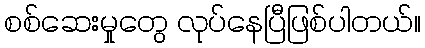
စစ်ဆေးမှုတွေ လုပ်နေပြီဖြစ်ပါတယ်။